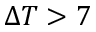
\Delta T > 7